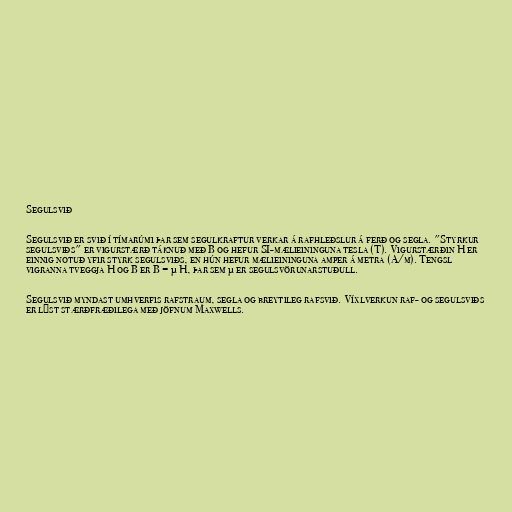
Segulsvið

Segulsvið er svið í tímarúmi þar sem segulkraftur verkar á rafhleðslur á ferð og segla. "Styrkur
segulsviðs" er vigurstærð táknuð með B og hefur SI-mælieininguna tesla (T). Vigurstærðin H er
einnig notuð yfir styrk segulsviðs, en hún hefur mælieininguna amper á metra (A/m). Tengsl
vigranna tveggja H og B er B = μ H, þar sem μ er segulsvörunarstuðull.

Segulsvið myndast umhverfis rafstraum, segla og breytileg rafsvið. Víxlverkun raf- og segulsviðs
er lýst stærðfræðilega með jöfnum Maxwells.